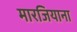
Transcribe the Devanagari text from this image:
मारजियाना